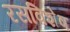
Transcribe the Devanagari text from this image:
रसविशेष